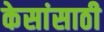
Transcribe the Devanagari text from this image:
केसांसाठी